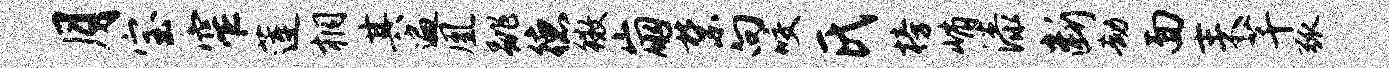
月宝窄莲桐其遍凰跳德徽崩禁向咬氏榜峭漆断劫面耒芊弧